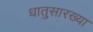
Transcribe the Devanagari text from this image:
धातुसारख्या